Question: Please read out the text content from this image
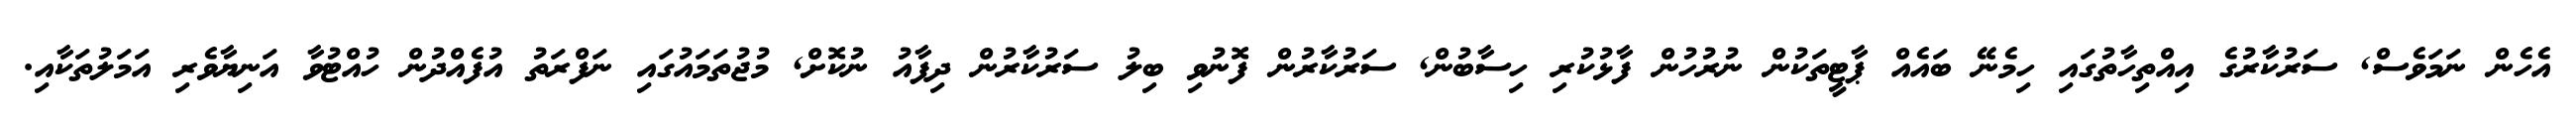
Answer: އެހެން ނަމަވެސް, ސަރުކާރުގެ އިއްތިހާތުގައި ހިމެނޭ ބައެއް ޕާޓީތަކުން ނުރުހުން ފާޅުކުރި ހިސާބުން, ސަރުކާރުން ފޮނުވި ބިލު ސަރުކާރުން ދިފާއު ނުކޮށް, މުޖުތަމައުގައި ނަފްރަތު އުފެއްދުން ހުއްޓުވާ އަނިޔާވެރި އަމަލުތަކާއި.